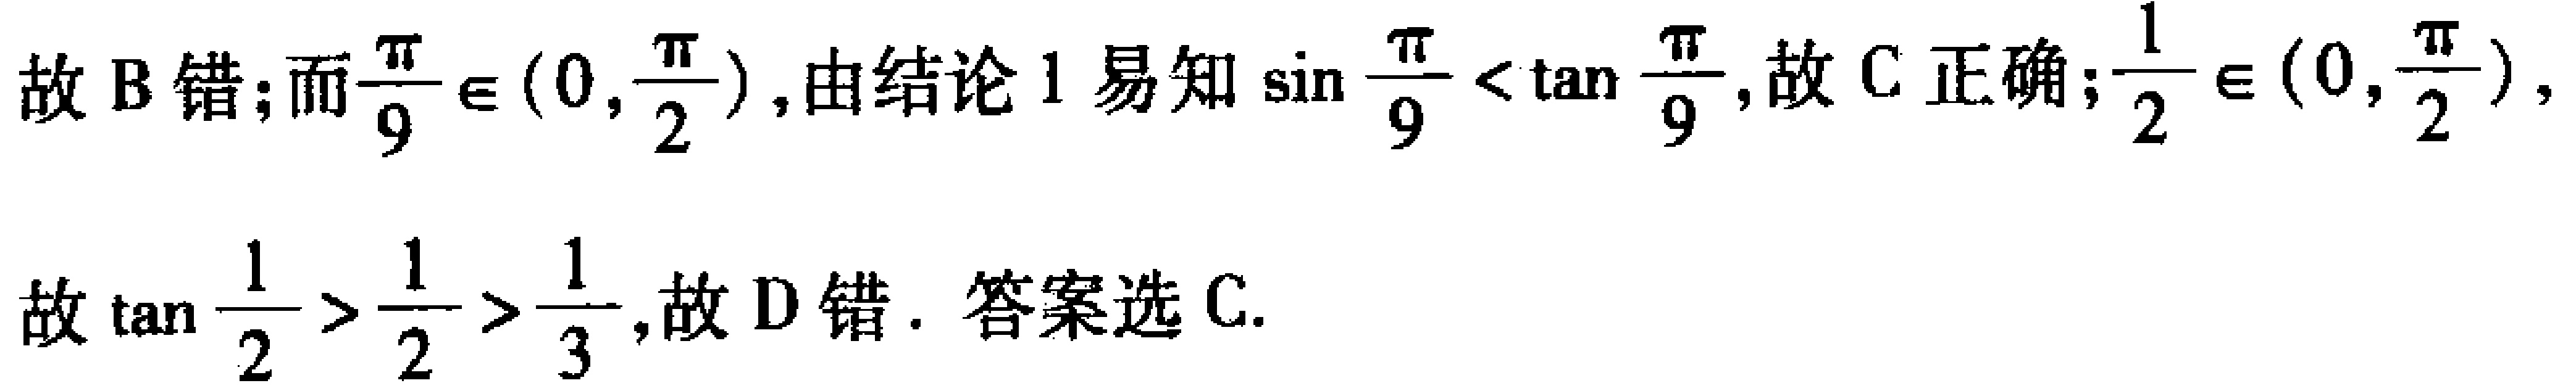
故 B 错；而$\frac{\pi}{9}\in(0,\frac{\pi}{2})$，由结论 1 易知$\sin\frac{\pi}{9}<\tan\frac{\pi}{9}$，故 C 正确；$\frac{1}{2}\in(0,\frac{\pi}{2})$，
故$\tan\frac{1}{2}>\frac{1}{2}>\frac{1}{3}$，故 D 错. 答案选 C.